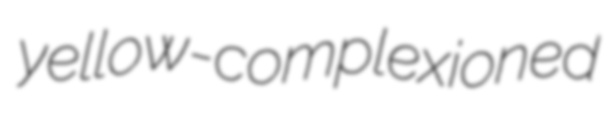
yellow-complexioned